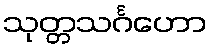
သုတ္တသင်္ဂဟော